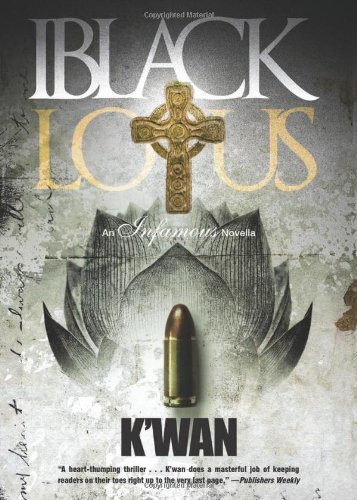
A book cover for Black Lotus; K'wan; Mystery, Thriller & Suspense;